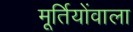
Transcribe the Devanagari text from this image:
मूर्तियोंवाला